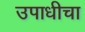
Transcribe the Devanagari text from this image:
उपाधीचा